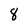
Character: 8